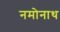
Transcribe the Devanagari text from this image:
नमोनाथ